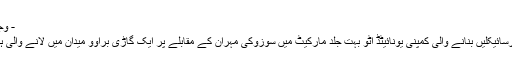
- وجود
وٹرسائیکلیں بنانے والی کمپنی یونائیٹڈ آٹو بہت جلد مارکیٹ میں سوزوکی مہران کے مقابلے پر ایک گاڑی براوو میدان میں لانے والی ہے۔